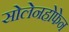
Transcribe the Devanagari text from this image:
सोलेनहोफेन